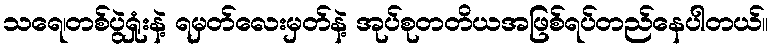
သရေ၊တစ်ပွဲရှုံးနဲ့ ရမှတ်လေးမှတ်နဲ့ အုပ်စုတတိယအဖြစ်ရပ်တည်နေပါတယ်။